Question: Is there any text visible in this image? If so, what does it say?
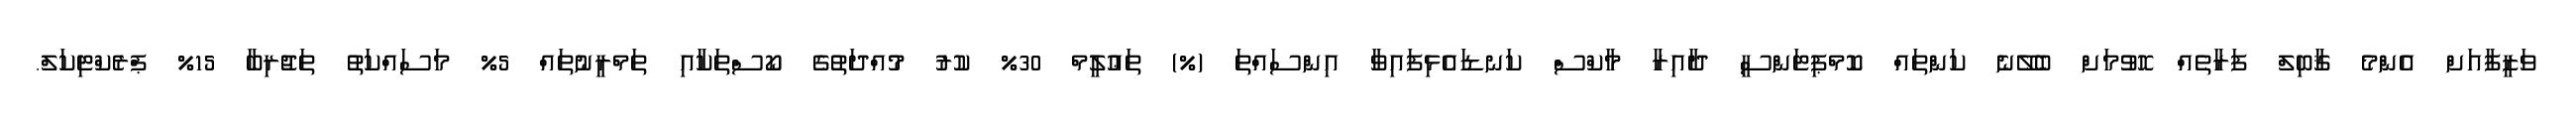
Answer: ވަޒީފާއަށް އެންމެ ޤާބިލް ފަރާތެއް ހޮވުމަށް ބެލޭނެ ކަންތައް ކޮމްޕިޓަންސީ ދާއިރާ މާކްސް ކަނޑައެޅިފައިވާ އިންސައްތަ (%) ތަޢުލީމް 30% ކުރު މުއްދަތުގެ ކޯސްތަކާއި ތަމްރީނުތައް 5% މަސައްކަތު ތަޖުރިބާ 15% ޕްރެކްޓިކަލް.